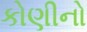
કોણીનો